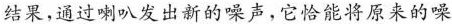
结果，通过喇叭发出新的噪声，它恰能将原来的噪